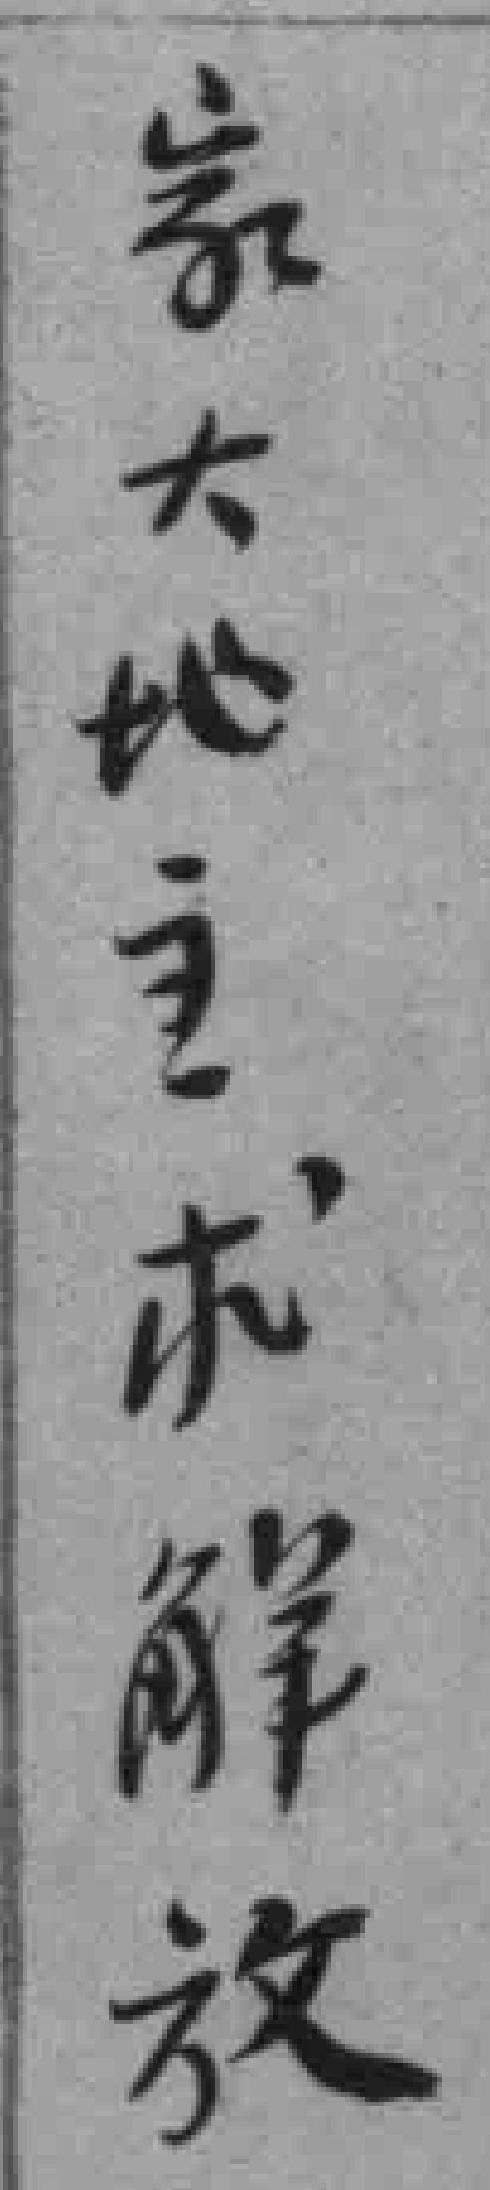
家大地主求解放